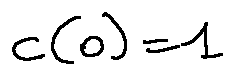
c ( 0 ) = 1